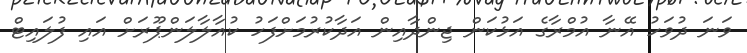
ވަނަ ދުވަހު އޭނާ އުމްރާގެ އަޅުކަން ޖިންދާއިން އަދާކުރުމަށްފަހު ކުއާލާލަންޕޫރަށް އައި ފުލައިޓް